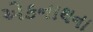
એકનાથના